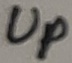
Text: Up